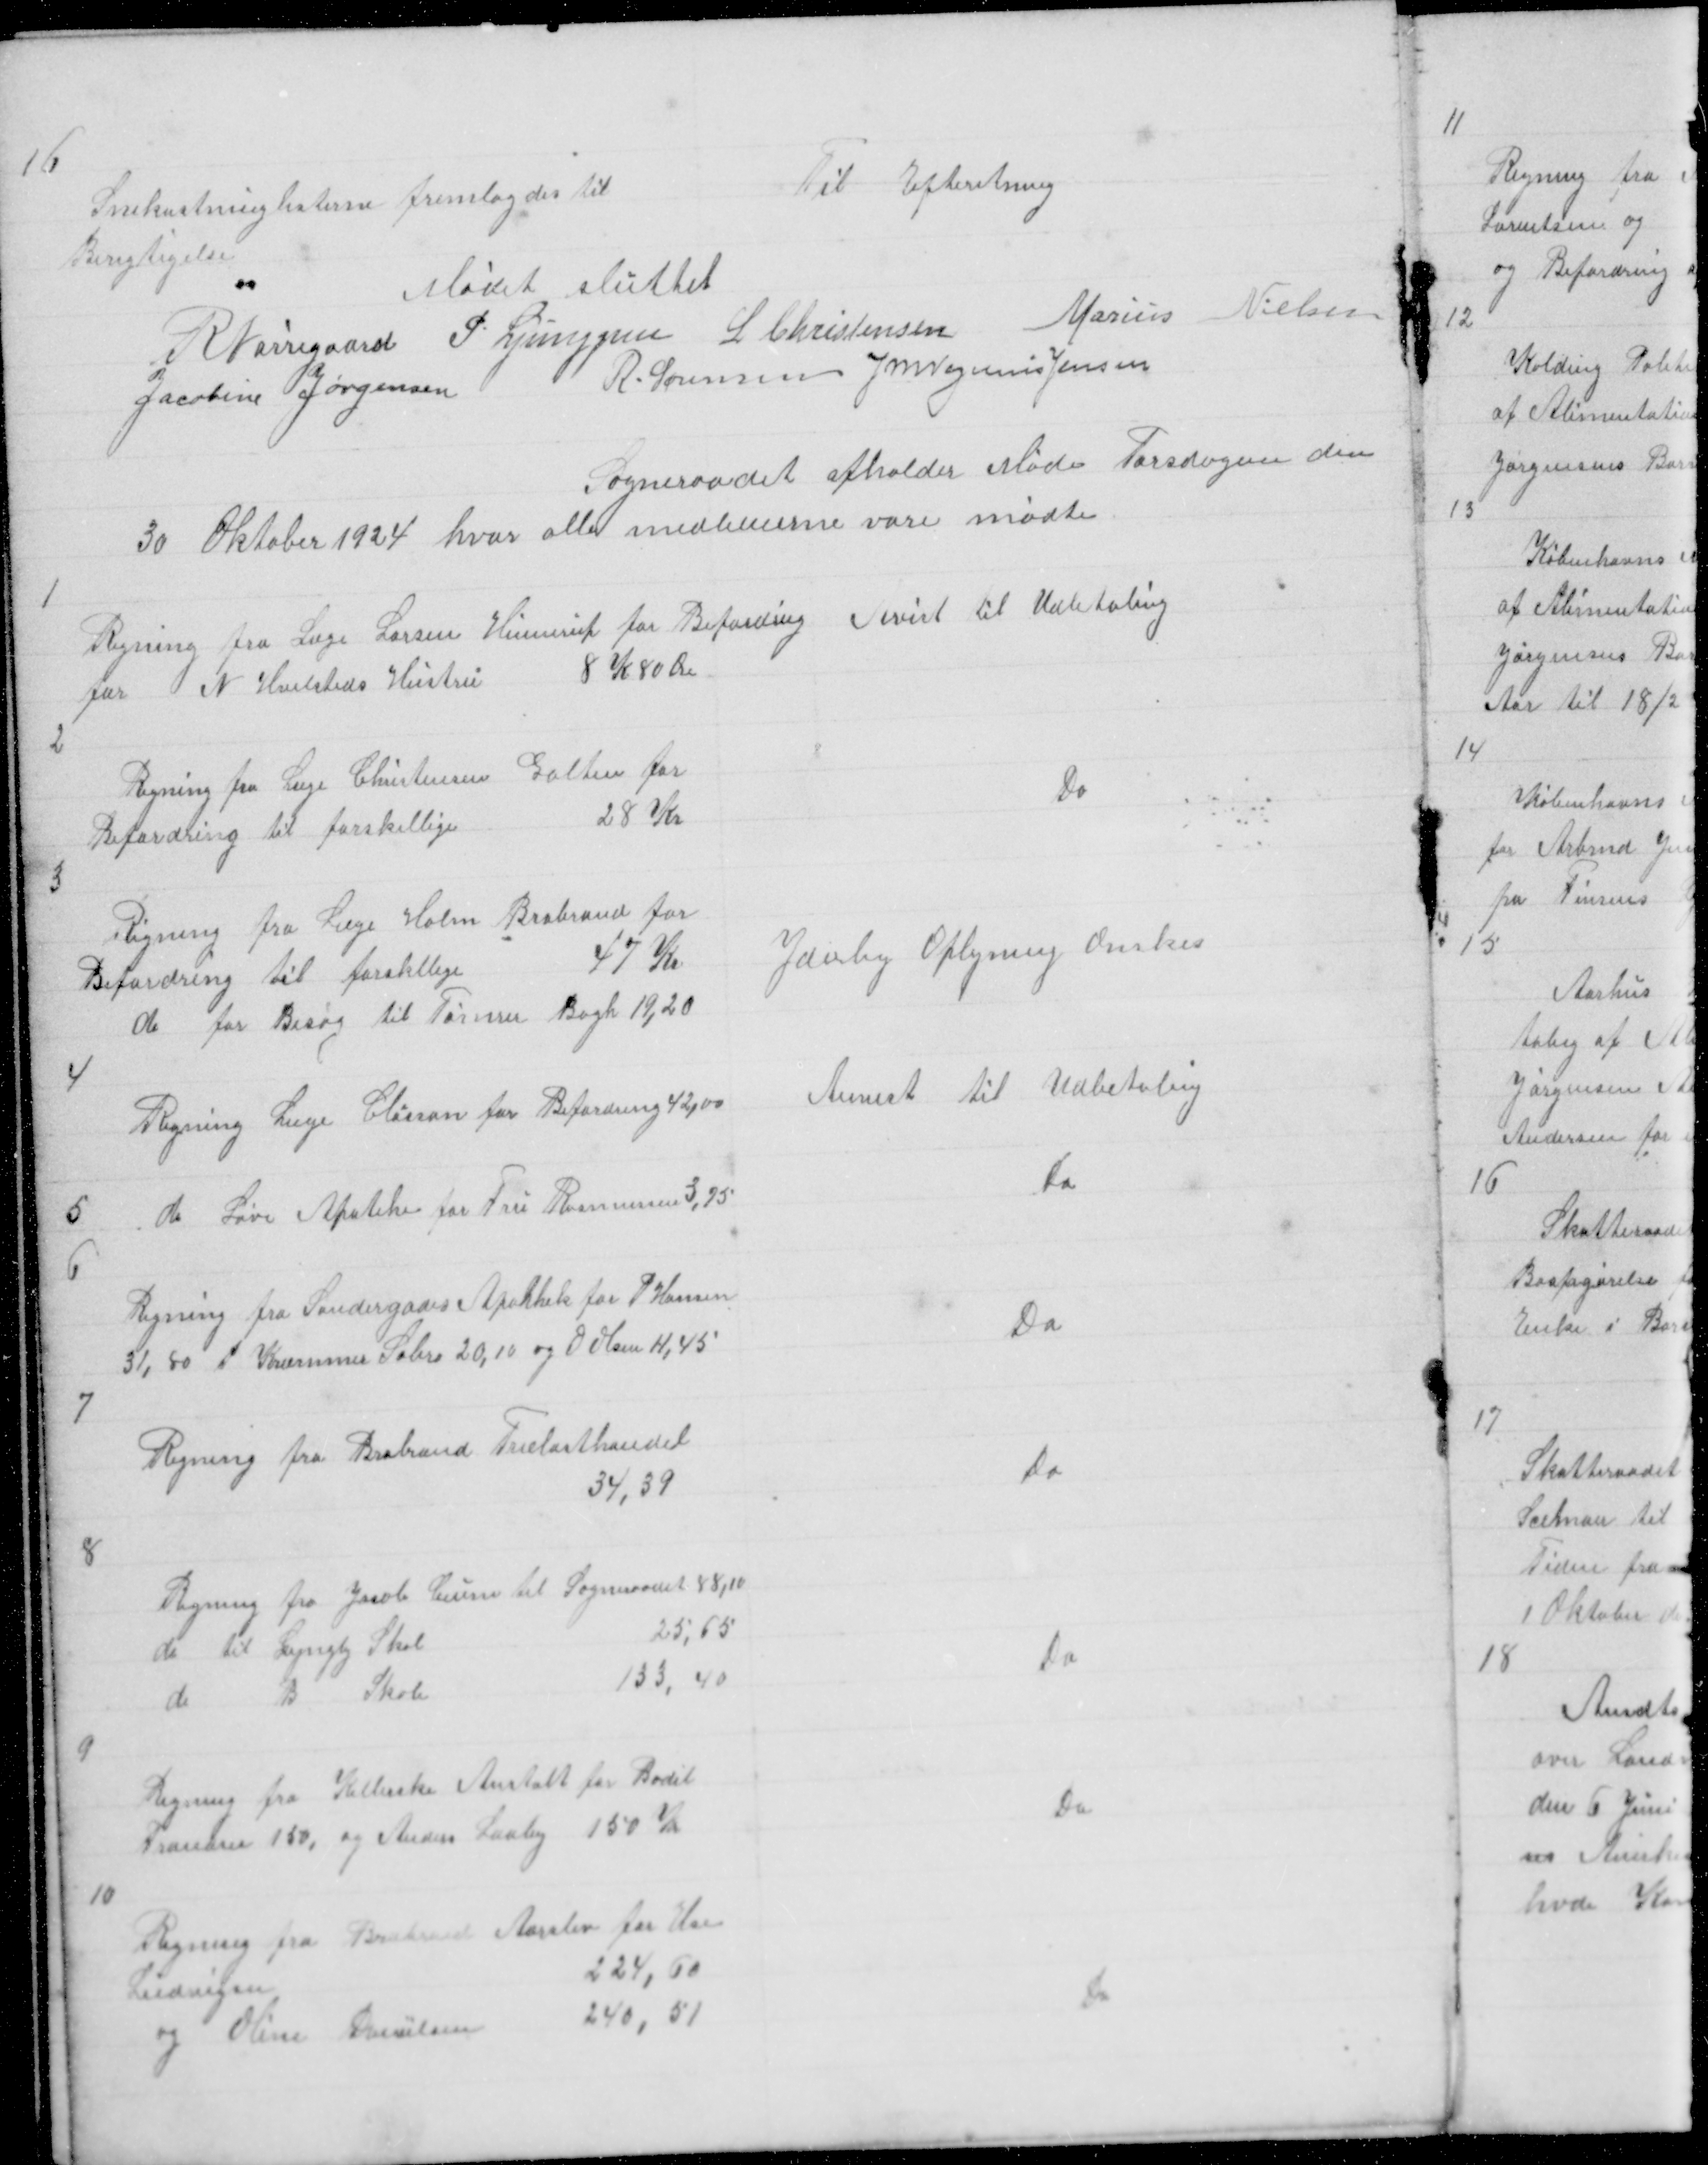
Transskription:
16
Snekastninglisterne fremlagdes til
Berigtigelse
Mødet sluttet

Til Efteretning

R Nørregaard P Ljunggren L Christensen Marius Nielsen
Jacobine Jørgensen
R. Sørensen J M Vogelius Jensen

Sogneraadet afholder Møde Torsdagen den
30 Oktober 1924 hvor alle medlemerne vare mødte

1

Regning fra Læge Larsen for Befordring
for
N Hvilsteds Hustru
8 K 80 Øre

Avist til Udbetaling

2

Regning fra Læge Christensen Galten for
Befordring til forskellige
28 Kr

Do

3

Regning fra Læge Holm Brabrand for
Befordring til forskllige
47 Kr
do for Besøg til Tømrer Bogh 19,20

Yderlig Oplysnng Ønskes

4

Regning Læge Classon for Befordring 42,00

Anvist til Udbetaling

5

do Løve Apoteke for Fru Rasmussen 3,75

Do

6

Regning fra Søndergades Apothek for P Hansen
31,80 P Kræmmer Sabro 20,10 og O Olsen 11,45

Do

7

Regning fra Brabrand Trælasthandel
34,39

Do

8

Regning fra Jacob Ceuner til Sogneraadet 88,10
do til Lyngby Skol
25,65
do B Skole
133,40

Do

9

Regning fra Kellerske Anstalt for Bodil
Frandsen 150, og Anders Laaby  150 Kr

Do

10

Regning fra Brabrand Aarslev for Else
Ludvigsen
224,60
og Oline Danielsen
240,51

Do